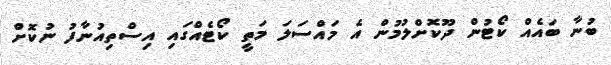
ބުނާ ބައެއް ކޯޓުން ދޫކޮށްލުމުން އެ މައްސަލަ މަތީ ކޯޓެއްގައި އިސްތިއުނާފު ނުކޮށް